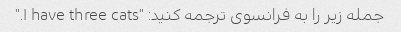
جمله زیر را به فرانسوی ترجمه کنید: "I have three cats."